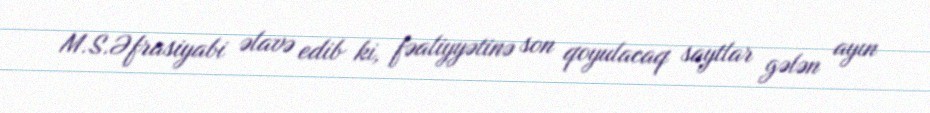
M.S.Əfrasiyabi əlavə edib ki, fəaliyyətinə son qoyulacaq saytlar gələn ayın